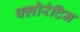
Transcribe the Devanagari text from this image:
फ्लोरंटिन